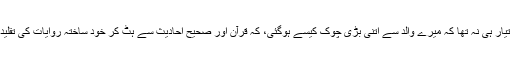
تب ذہن یہ قبول کرنے کو تیار ہی نہ تھا کہ میرے والد سے اتنی بڑی چوک کیسے ہوگئی، کہ قرآن اور صحیح احادیث سے ہٹ کر خود ساختہ روایات کی تقلید نہ صرف وہ کرتے رہے۔